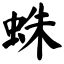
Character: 蛛